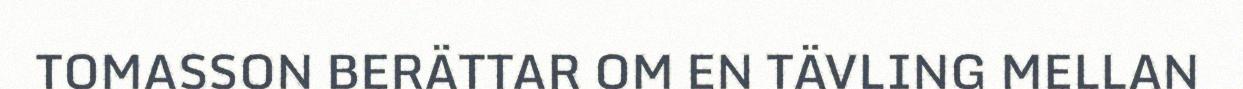
TOMASSON BERÄTTAR OM EN TÄVLING MELLAN